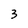
Character: 3